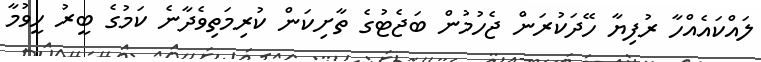
ލައްކައެއްހާ ރުފިޔާ ހޭދަކުރަން ޖެހުމުން ބަޖެޓުގެ ތާށިކަން ކުރިމަތިވެދާނެ ކަމުގެ ބީރު ހީވުމާ